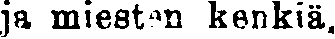
ja miestä kenkiä.